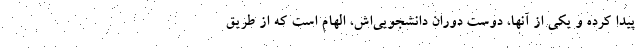
پیدا کرده و یکی از آنها، دوست دوران دانشجویی‌اش، الهام است که از طریق